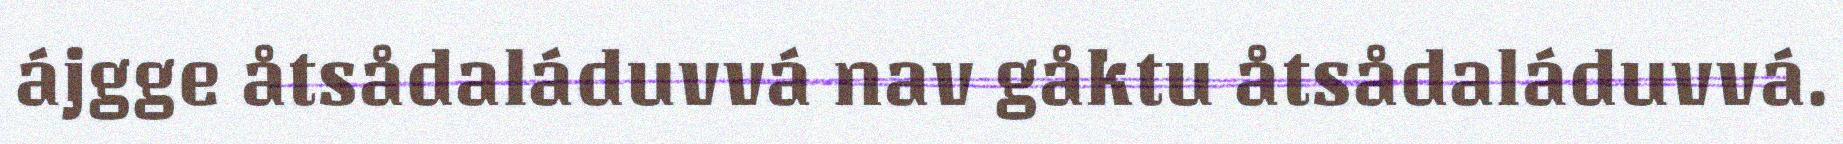
ájgge åtsådaláduvvá nav gåktu åtsådaláduvvá.